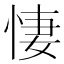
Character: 悽